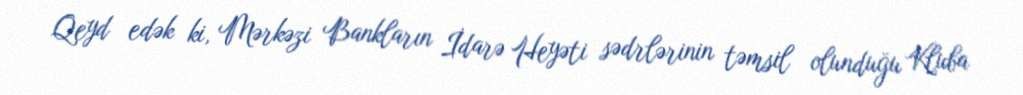
Qeyd edək ki, Mərkəzi Bankların İdarə Heyəti sədrlərinin təmsil olunduğu Kluba